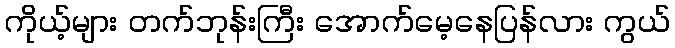
ကိုယ့်များ တက်ဘုန်းကြီး အောက်မေ့နေပြန်လား ကွယ်